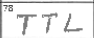
Transcription: TTL